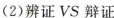
(2)辨证VS辩证